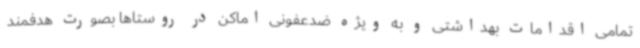
تمامی اقدامات بهداشتی و به ویژه ضدعفونی اماکن در روستاها بصورت هدفمند